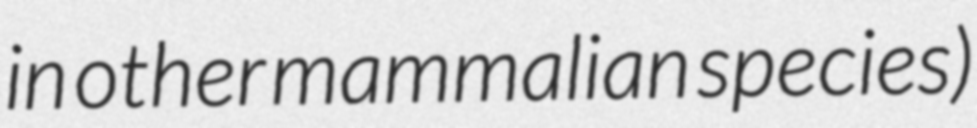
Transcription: in other mammalian species)